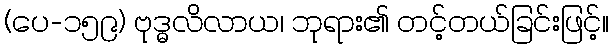
(ပေ-၁၅၉) ဗုဒ္ဓလိလာယ၊ ဘုရား၏ တင့်တယ်ခြင်းဖြင့်။